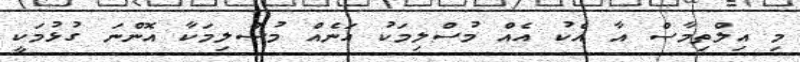
މި އިލްތިމާސް އާ އެކު އެއް މުސްލިމަކު އަނެއް މުސްލިމަކާ އޮންނަ ގުޅުމަކީ